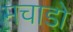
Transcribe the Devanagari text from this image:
मचाडो